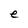
Character: e